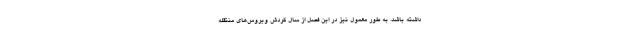
داشته باشد. به طور معمول نیز در این فصل از سال گردش ویروس‌های منتقله